画像に写った文字を読んでください
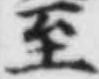
「至」と書いてあります